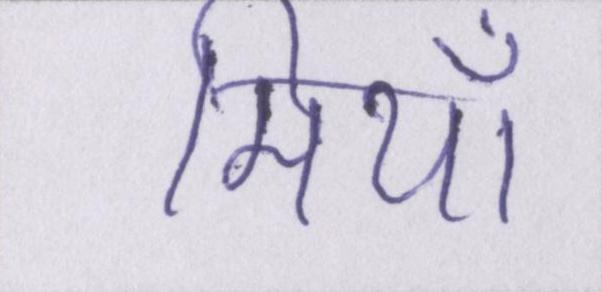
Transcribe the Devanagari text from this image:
मियाँ